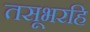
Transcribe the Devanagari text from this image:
तसूभरहि